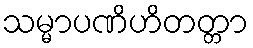
သမ္မာပဏိဟိတတ္တာ